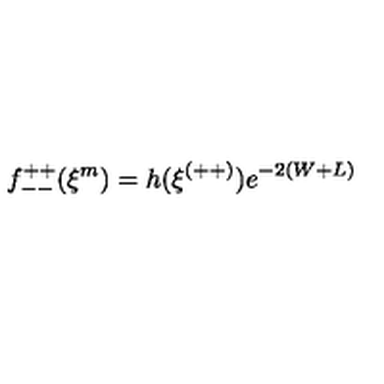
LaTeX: f _ { -- } ^ { + + } ( \xi ^ { m } ) = h ( \xi ^ { ( + + ) } ) e ^ { - 2 ( W + L ) }